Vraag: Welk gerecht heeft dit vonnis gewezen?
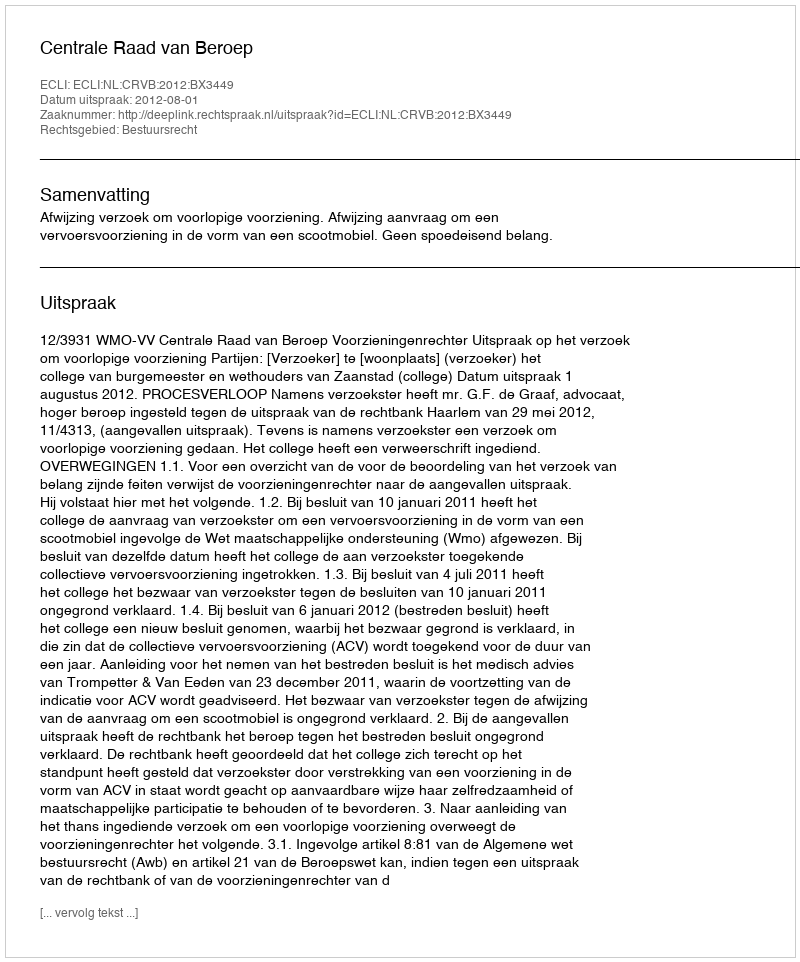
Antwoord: Centrale Raad van Beroep